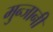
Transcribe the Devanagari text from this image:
मुन्जानी